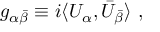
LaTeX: g _ { \alpha \bar { \beta } } \equiv i \langle U _ { \alpha } , \bar { U } _ { \bar { \beta } } \rangle \ ,